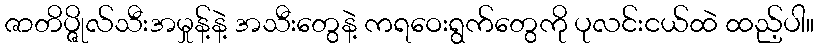
ဇာတိပ္ဇိုလ်သီးအမှုန့်နဲ့ အသီးတွေနဲ့ ကရဝေးရွက်တွေကို ပုလင်းငယ်ထဲ ထည့်ပါ။